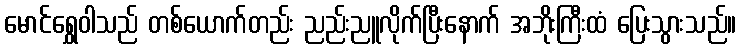
မောင်ရွှေဝါသည် တစ်ယောက်တည်း ညည်းညူလိုက်ပြီးနောက် အဘိုးကြီးထံ ပြေးသွားသည်။